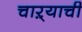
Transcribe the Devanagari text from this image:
चाऱ्याची